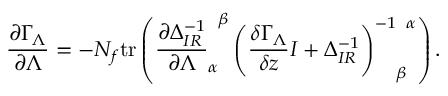
\frac { \partial \Gamma _ { \Lambda } } { \partial \Lambda } = - N _ { f } \mathrm { t r } \left( \frac { \partial \Delta _ { I R } ^ { - 1 } } { \partial \Lambda } _ { \alpha } ^ { \phantom { \alpha } \beta } \left( \frac { \delta \Gamma _ { \Lambda } } { \delta z } I + \Delta _ { I R } ^ { - 1 } \right) _ { \phantom { - 1 } \beta } ^ { - 1 \phantom { \beta } \alpha } \right) .